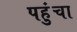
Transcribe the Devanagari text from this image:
पहुुंचा